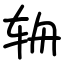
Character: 辀